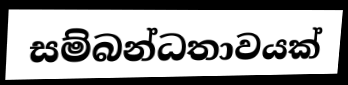
සම්බන්ධතාවයක්